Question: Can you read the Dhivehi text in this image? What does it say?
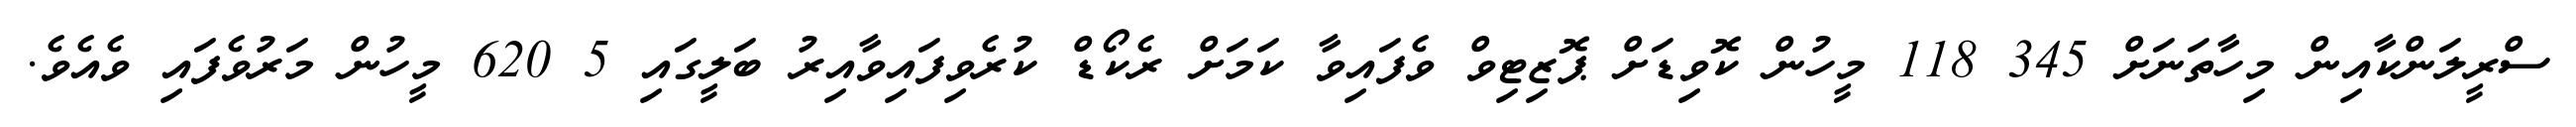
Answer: ސްރީލަންކާއިން މިހާތަނަށް 345 118 މީހުން ކޮވިޑަށް ޕޮޒިޓިވް ވެފައިވާ ކަމަށް ރެކޯޑް ކުރެވިފައިވާއިރު ބަލީގައި 5 620 މީހުން މަރުވެފައި ވެއެވެ.